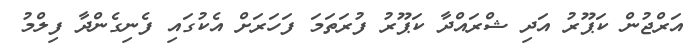
އަރްޖުން ކަޕޫރު އަދި ޝްރައްދާ ކަޕޫރު ފުރަތަމަ ފަހަރަށް އެކުގައި ފެނިގެންދާ ފިލްމު